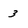
Character: 3